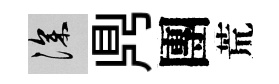
深𪔂團荒